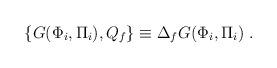
LaTeX: \begin{align*}\{ G (\Phi_i , \Pi_i) , Q_f \} \equiv \Delta_f G (\Phi_i , \Pi_i) \;.\end{align*}